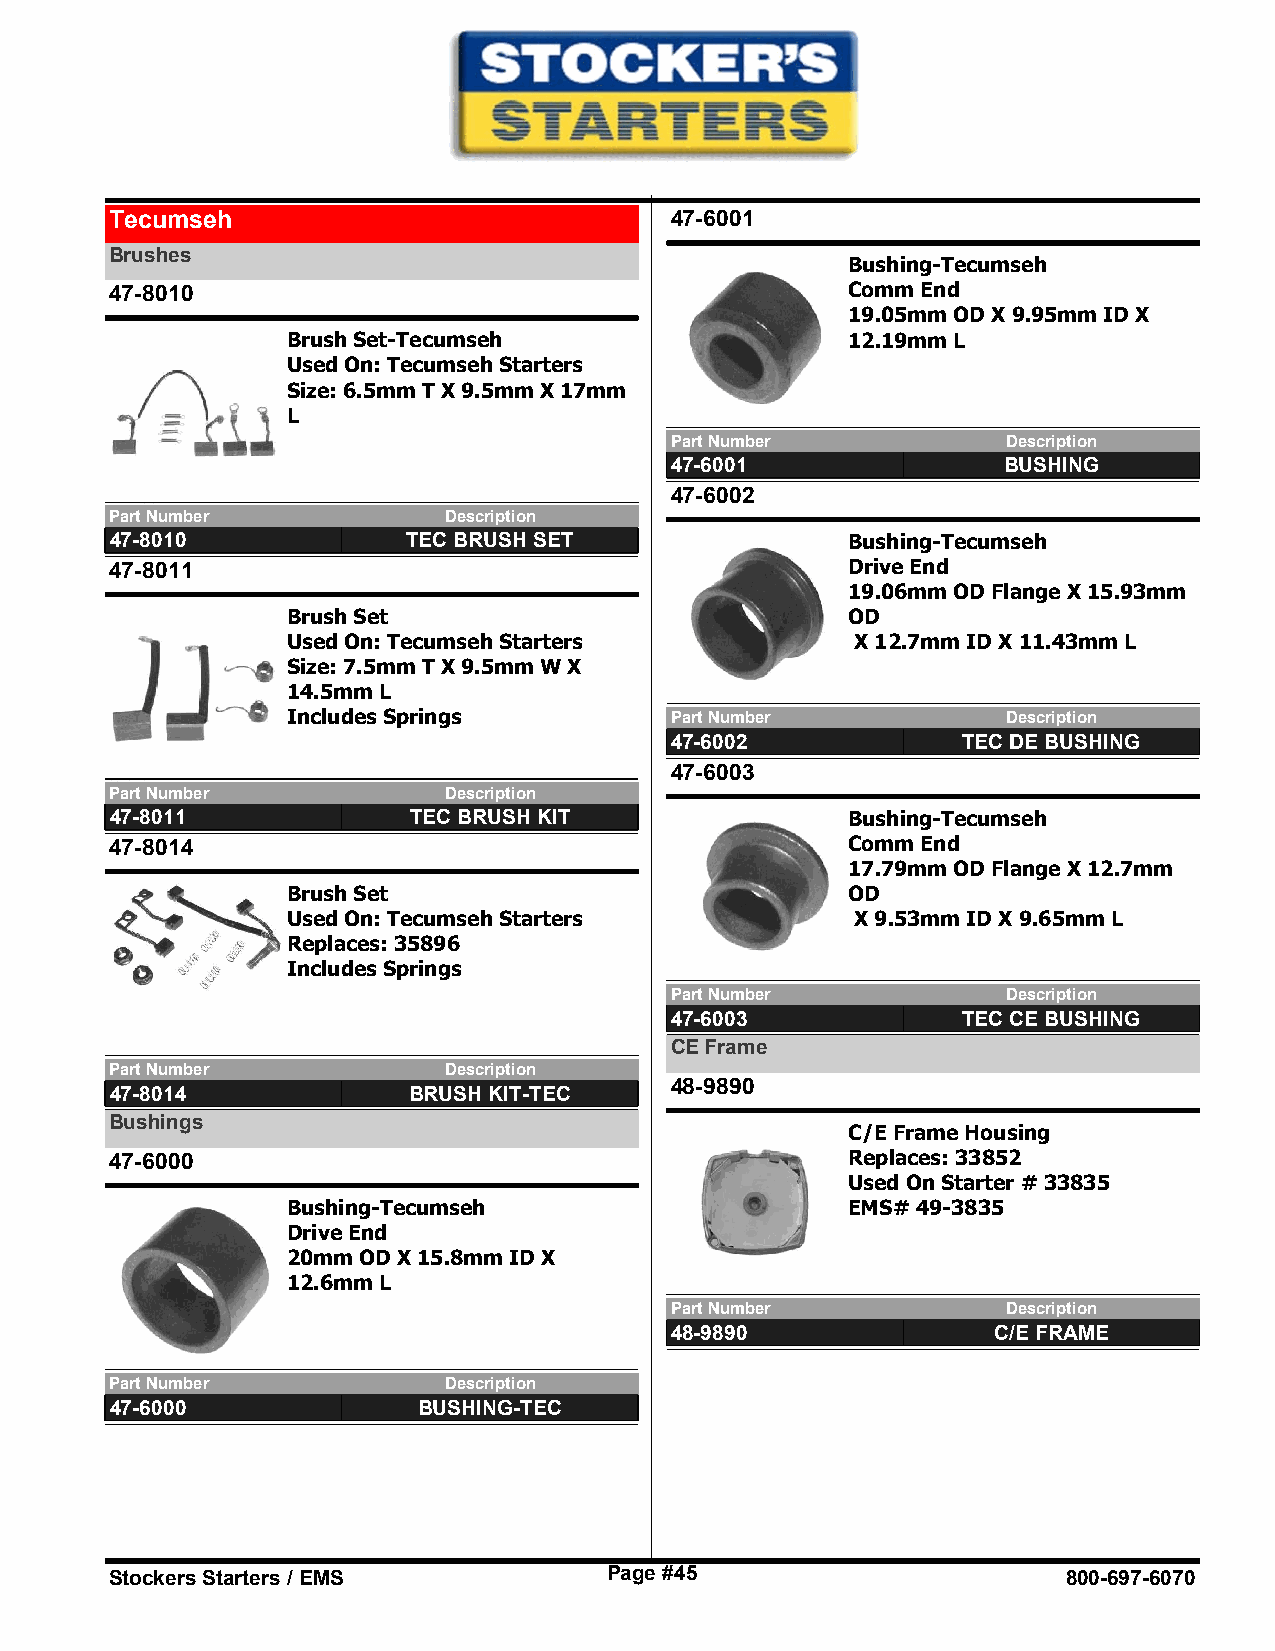
Tecumseh                             47-6001
 Brushes
 Bushing-Tecumseh
 47-8010                                          Comm End
 19.05mm OD X 9.95mm ID X
 Brush Set-Tecumseh                   12.19mm L
 Used On: Tecumseh Starters
 Size: 6.5mm T X 9.5mm X 17mm
 L
 Part Number            Description
 47-6001               BUSHING
 47-6002
 Part Number           Description
 47-8010             TEC BRUSH SET                Bushing-Tecumseh
 47-8011                                          Drive End
 19.06mm OD Flange X 15.93mm
 Brush Set                            OD
 Used On: Tecumseh Starters            X 12.7mm ID X 11.43mm L
 Size: 7.5mm T X 9.5mm W X
 14.5mm L
 Includes Springs         Part Number            Description
 47-6002             TEC DE BUSHING
 47-6003
 Part Number           Description
 47-8011             TEC BRUSH KIT                Bushing-Tecumseh
 47-8014                                          Comm End
 17.79mm OD Flange X 12.7mm
 Brush Set                            OD
 Used On: Tecumseh Starters            X 9.53mm ID X 9.65mm L
 Replaces: 35896
 Includes Springs
 Part Number            Description
 47-6003             TEC CE BUSHING
 CE Frame
 Part Number           Description
 48-9890
 47-8014             BRUSH KIT-TEC
 Bushings
 C/E Frame Housing
 47-6000                                          Replaces: 33852
 Used On Starter # 33835
 Bushing-Tecumseh                     EMS# 49-3835
 Drive End
 20mm OD X 15.8mm ID X
 12.6mm L
 Part Number            Description
 48-9890               C/E FRAME
 Part Number           Description
 47-6000              BUSHING-TEC
 Stockers Starters / EMS          Page #45                       800-697-6070